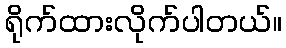
ရိုက်ထားလိုက်ပါတယ်။